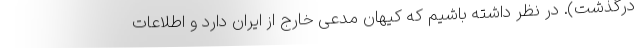
درگذشت). در نظر داشته باشیم که کیهان مدعی خارج از ایران دارد و اطلاعات